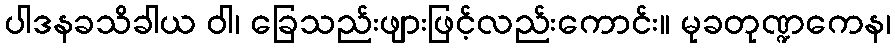
ပါဒနခသိခါယ ဝါ၊ ခြေသည်းဖျားဖြင့်လည်းကောင်း။ မုခတုဏ္ဍကေန၊